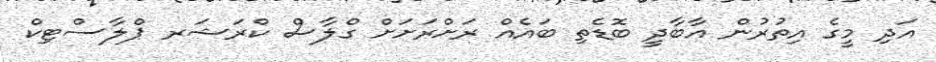
އަދި މީގެ އިތުރުން އާބާދީ ބޮޑެތި ބައެއް ރަށްރަށަށް ގްލާސް ކްރަޝަރ ޕްލާސްޓިކް